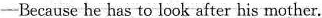
—Because he has to look after his mother.